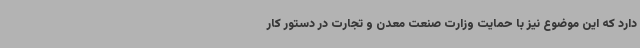
دارد که این موضوع نیز با حمایت وزارت صنعت معدن و تجارت در دستور کار